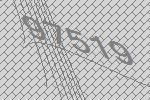
97519